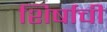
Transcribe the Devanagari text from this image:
शिर्षाची